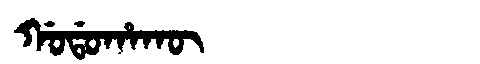
Manchu: ᡤᠣᡩᠣᡥᠠᡴᡡ
Romanization: GODOHAKŪ